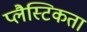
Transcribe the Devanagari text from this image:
प्लैस्टिकता